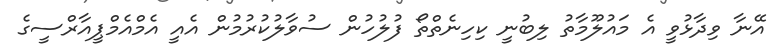
އޭނާ ވިދާޅުވީ އެ މައުލޫމާތު ލިބުނީ ކިހިނެތްތޯ ފުލުހުން ސުވާލުކުރުމުން އެއީ އެމްއެމްޕީއާރްސީގެ